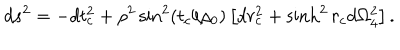
d s ^ { 2 } = - d t _ { c } ^ { 2 } + \rho ^ { 2 } \sin ^ { 2 } \left( t _ { c } / \rho _ { 0 } \right) \left[ d r _ { c } ^ { 2 } + \sinh ^ { 2 } r _ { c } d \Omega _ { 4 } ^ { 2 } \right] .